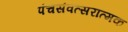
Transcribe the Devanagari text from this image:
पंचसंवत्सरात्मक